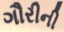
ગૌરીની